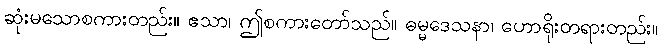
ဆုံးမသောစကားတည်း။ ဧသာ၊ ဤစကားတော်သည်။ ဓမ္မဒေသနာ၊ ဟောရိုးတရားတည်း။